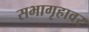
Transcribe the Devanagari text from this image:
सभागृहावर